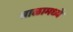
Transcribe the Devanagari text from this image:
बाळामध्ये